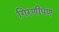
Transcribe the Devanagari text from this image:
गिरणीपण